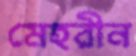
মেহরীন